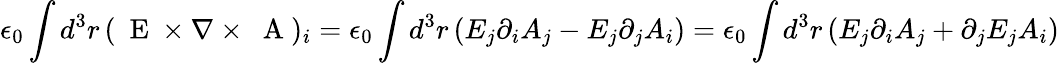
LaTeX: \epsilon_{0}\int d^{3}r\, (\mathrm{~\mathbf~E~}\times\nabla\times\mathrm{~\mathbf~A~})_{i}=\epsilon_{0}\int d^{3}r\, (E_{j}\partial_{i}A_{j}-E_{j}\partial_{j}A_{i})=\epsilon_{0}\int d^{3}r\, (E_{j}\partial_{i}A_{j}+\partial_{j}E_{j}A_{i})